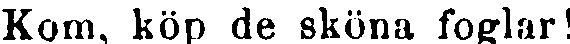
Kom, köp de sköna foglar!